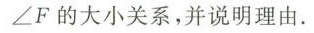
\angle F的大小关系，并说明理由。